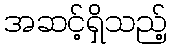
အဆင့်ရှိသည့်